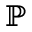
\mathbb { P }